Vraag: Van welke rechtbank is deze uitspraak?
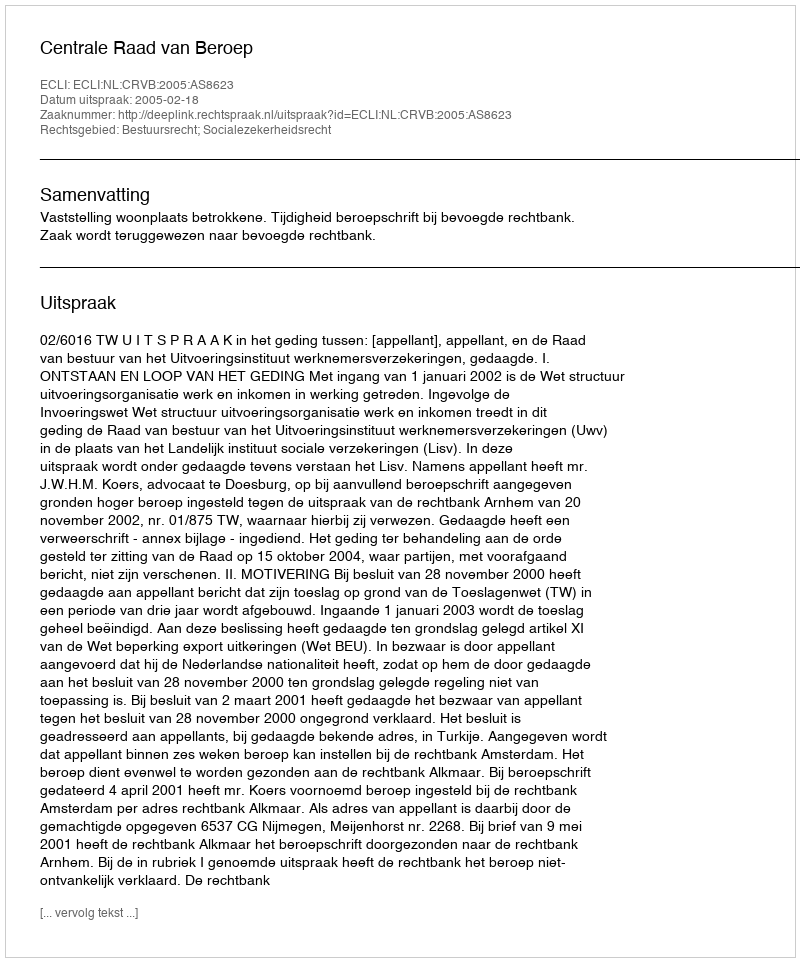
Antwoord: Centrale Raad van Beroep